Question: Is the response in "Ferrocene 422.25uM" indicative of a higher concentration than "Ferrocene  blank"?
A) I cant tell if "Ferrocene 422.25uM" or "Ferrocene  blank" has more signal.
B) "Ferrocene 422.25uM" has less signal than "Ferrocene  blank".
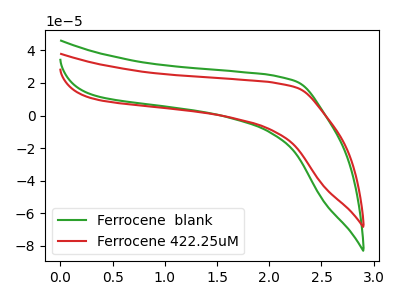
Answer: <think>The green curve "Ferrocene  blank" has no peaks. The red curve "Ferrocene 422.25uM" has no peaks.
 Neither "Ferrocene 422.25uM" or "Ferrocene  blank" have any peaks.</think>
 <answer>A) I cant tell if "Ferrocene 422.25uM" or "Ferrocene  blank" has more signal.</answer>
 <eval>A</eval>